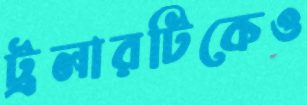
ট্রলারটিকেও